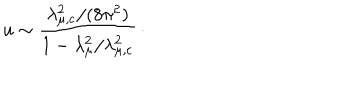
u \sim { \frac { \lambda _ { \mu , \mathrm { c } } ^ { 2 } / ( 8 \pi ^ { 2 } ) } { 1 - \lambda _ { \mu } ^ { 2 } / \lambda _ { \mu , \mathrm { c } } ^ { 2 } } } \, \cdotp